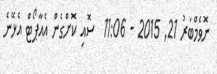
ނޮވެމްބަރު 21